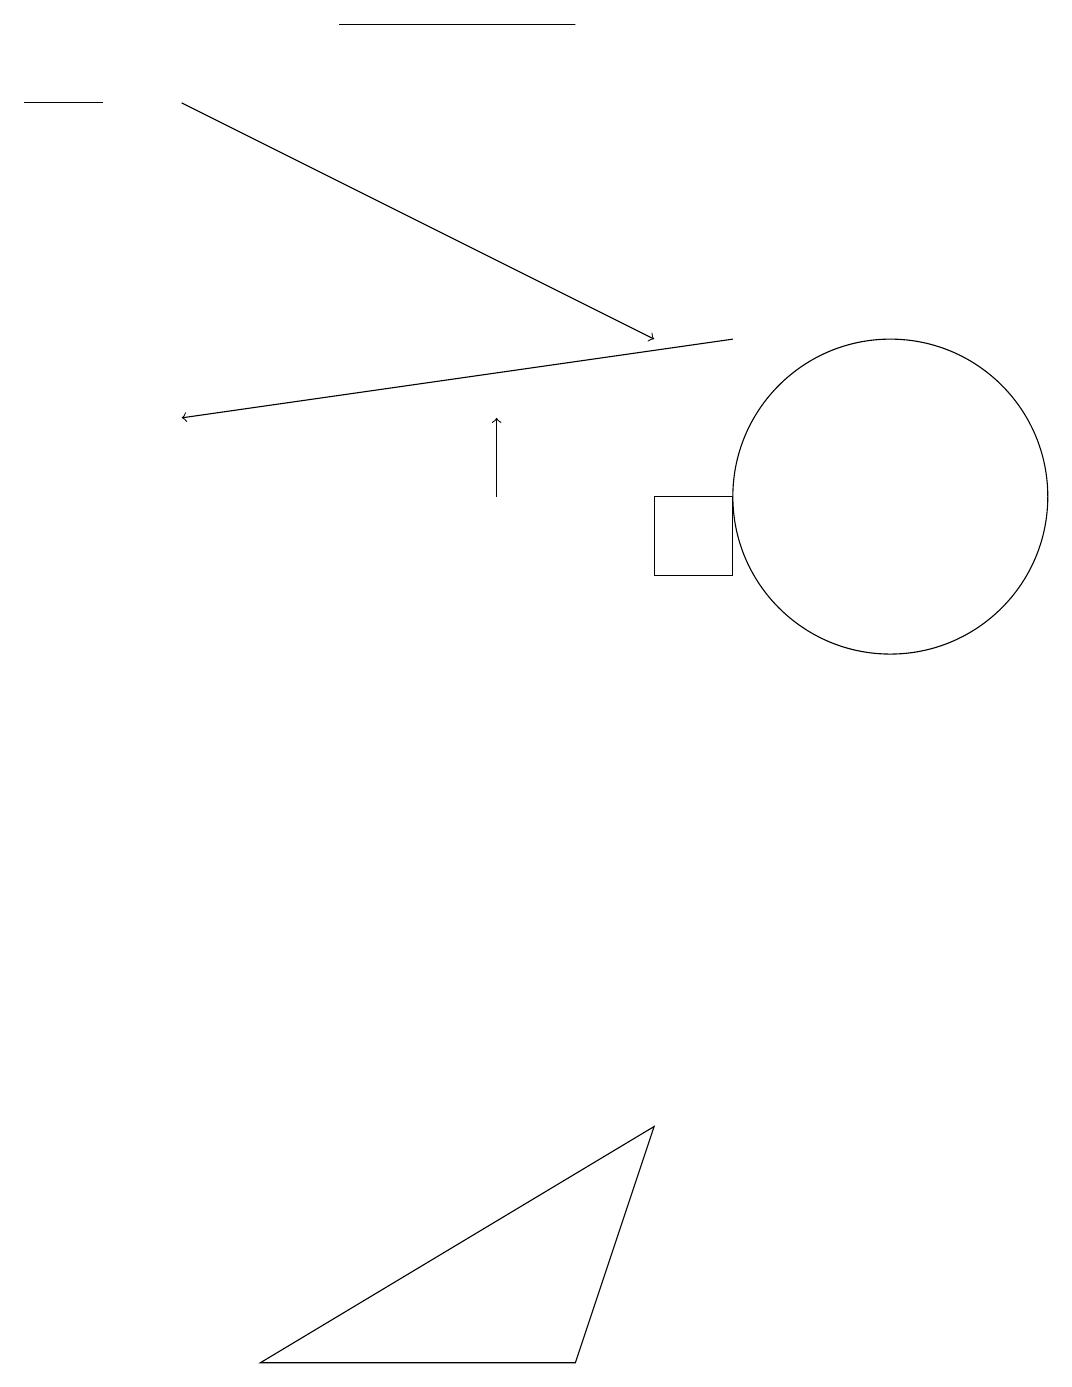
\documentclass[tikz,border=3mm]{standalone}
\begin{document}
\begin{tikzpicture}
\draw (11,12) circle (2);
\draw (1,17) rectangle (0,17);
\draw[->] (9,14) -- (2,13);
\draw (7,18) rectangle (4,18);
\draw[->] (2,17) -- (8,14);
\draw[->] (6,12) -- (6,13);
\draw (8,4) -- (7,1) -- (3,1) -- cycle;
\draw (8,12) rectangle (9,11);
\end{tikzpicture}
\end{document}